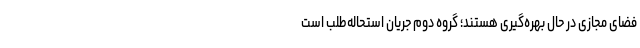
فضای مجازی در حال بهره‌گیری هستند؛ گروه دوم جریان استحاله‌طلب است